Insane asylums Bombay 1873-77 - 1873-1877
Year: 1873
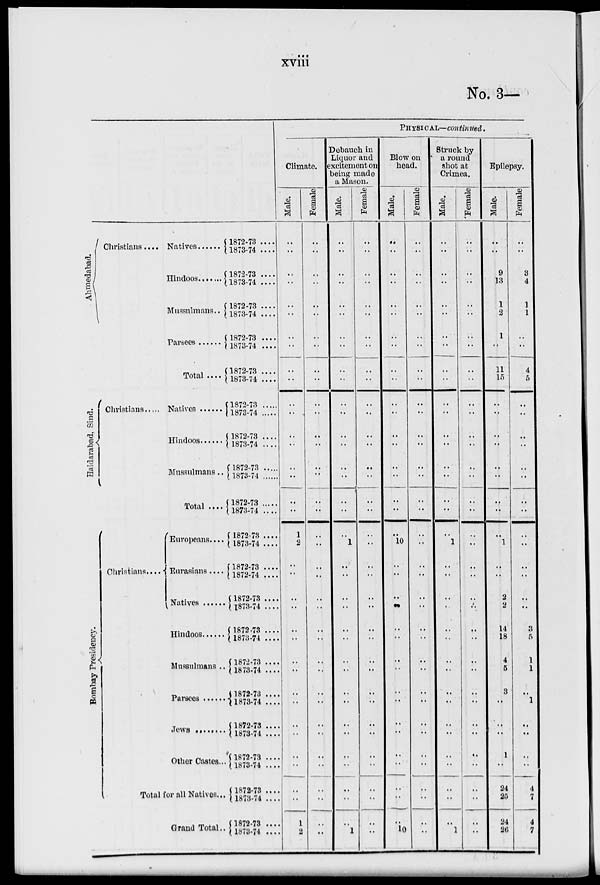
xviii
No. 3—
Ahmedabad.
Christians....
Natives .....
Hindoos .....
Mussulmans..
Parsees .....
Total ....
Haidarabad, Sind.
Christians
Natives .....
Hindoos .....
Mussulmans..
Total ....
Bombay Presidency.
Christians
Europeans....
Eurasians....
Natives .....
Hindoos .....
Mussulmans ..
Parsees .....
Jews .....
Other Castes..
Total for all Natives...
Grand Total..
1872-73 ....
1873-74 ....
1872-73 ....
1873-74 ....
1872-73 ....
1873-74 ....
1872-73 ....
1873-74 ....
1872-73 ....
1873-74 ....
1872-73
1873-74
1872-73 ....
1873-74 ....
1872-73
1873-74
1872-73
1873-74 ....
1872-73 ....
1873-74 ....
1872-73 ....
1872-74 ....
1872-73 ....
1873-74 ....
1872-73 ....
1873-74 ....
1872-73 ....
1873-74 ....
1872-73 ....
1873-74 ....
1872-73 ....
1873-74 ...
1872-73 ....
1873-74 ....
1872-73 ....
1873-74 ...
1872-73 ...
1873-74 ...
PHYSICAL—continued.
Climate.
Male.
..
..
..
..
..
..
..
..
..
..
..
..
..
..
..
..
..
..
1
2
..
..
..
..
..
..
..
..
..
..
..
..
..
..
..
..
1
2
Female.
..
..
..
..
..
..
..
..
..
..
..
..
..
..
..
..
..
..
..
..
..
..
..
..
..
..
..
..
..
..
..
..
..
..
..
..
..
..
Debauch in
Liquor and
excitement on
being made
a Mason.
Male.
..
..
..
..
..
..
..
..
..
..
..
..
..
..
..
..
..
..
..
1
..
..
..
..
..
..
..
..
..
..
..
..
..
..
..
..
..
1
Female
..
..
..
..
..
..
..
..
..
..
..
..
..
..
..
..
..
..
..
..
..
..
..
..
..
..
..
..
..
..
..
..
..
..
..
..
..
..
Blow on
head.
Male.
..
..
..
..
..
..
..
..
..
..
..
..
..
..
..
..
..
..
..
10
..
..
..
..
..
..
..
..
..
..
..
..
..
..
..
..
..
10
Female
..
..
..
..
..
..
..
..
..
..
..
..
..
..
..
..
..
..
..
..
..
..
..
..
..
..
..
..
..
..
..
..
..
..
..
..
..
Struck by
a round
shot at
Crimea.
Male.
..
..
..
..
..
..
..
..
..
..
..
..
..
..
..
..
..
..
..
1
..
..
..
..
..
..
..
..
..
..
..
..
..
..
..
..
..
1
'Female
..
..
..
..
..
..
..
..
..
..
..
..
..
..
..
..
..
..
..
..
..
..
..
..
..
..
..
..
..
..
..
..
..
..
..
..
..
..
Epilepsy.
Male.
..
..
9
13
1
2
1
..
11
15
..
..
..
..
..
..
..
..
..
1
..
..
2
2
14
18
4
5
3
..
..
..
1
..
24
25
24
26
Female
..
..
3
4
1
1
..
..
4
5
..
..
..
..
..
..
..
..
..
..
..
..
..
..
3
5
1
1
..
1
..
..
..
..
4
7
4
7